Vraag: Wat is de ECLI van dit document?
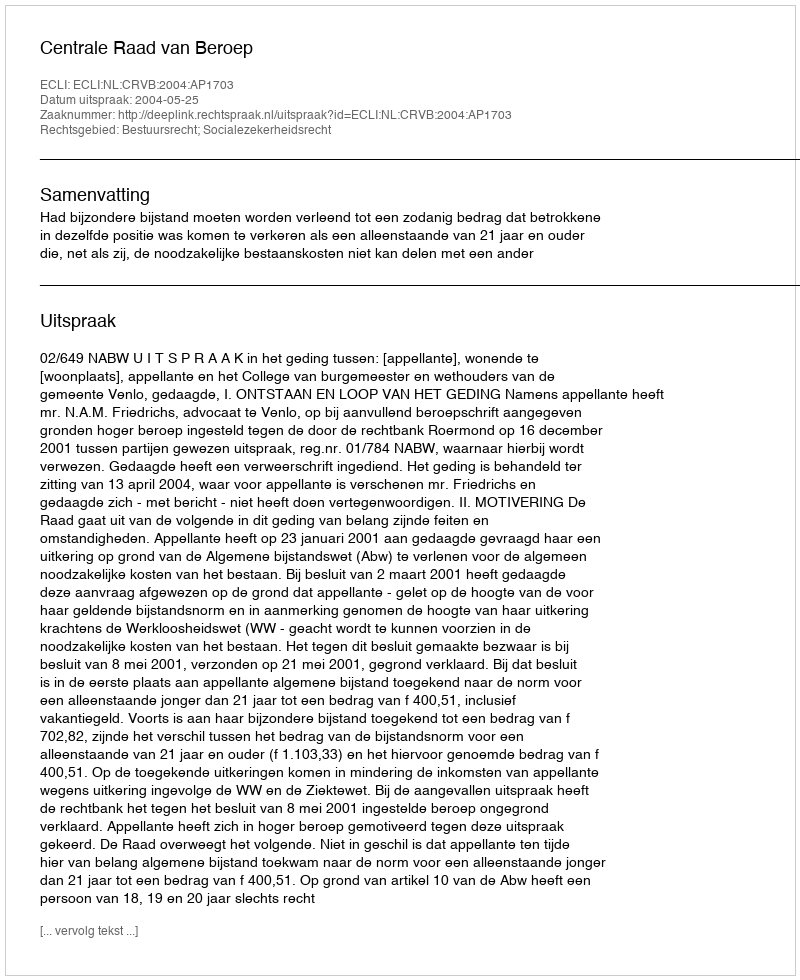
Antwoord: ECLI:NL:CRVB:2004:AP1703